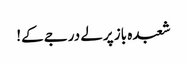
شعبدہ باز پرلے درجے کے!